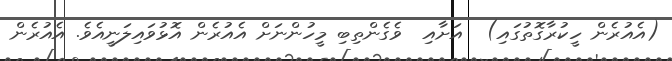
(އެއުރެން ހީކުރާގޮތުގައި)  އަށާއި  ވެގެންތިބި މީހުންނަށް އެއުރެން އޮޅުވައިލަނީއެވެ. އެއުރެން